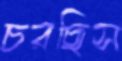
চরছিস